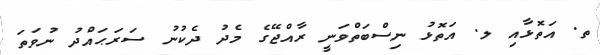
ތ. އަތޮޅާއި ލ. އަތޮޅު ނިސްބަތްވަނީ ރާއްޖޭގެ މެދު ދެކުނު ސަރަޙައްދު ނުވަތަ